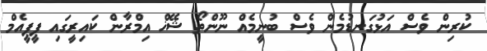
ކުރިން ވެސްް އަޅުގަނޑުމެން ވެސް ބުނީމެއް ނޫންތޯ ޝޭޚް އިމްރާން ކައިރީގައި ޕީޕީއެމް